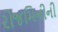
રોજમિનીની